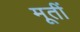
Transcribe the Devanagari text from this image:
मूतीं